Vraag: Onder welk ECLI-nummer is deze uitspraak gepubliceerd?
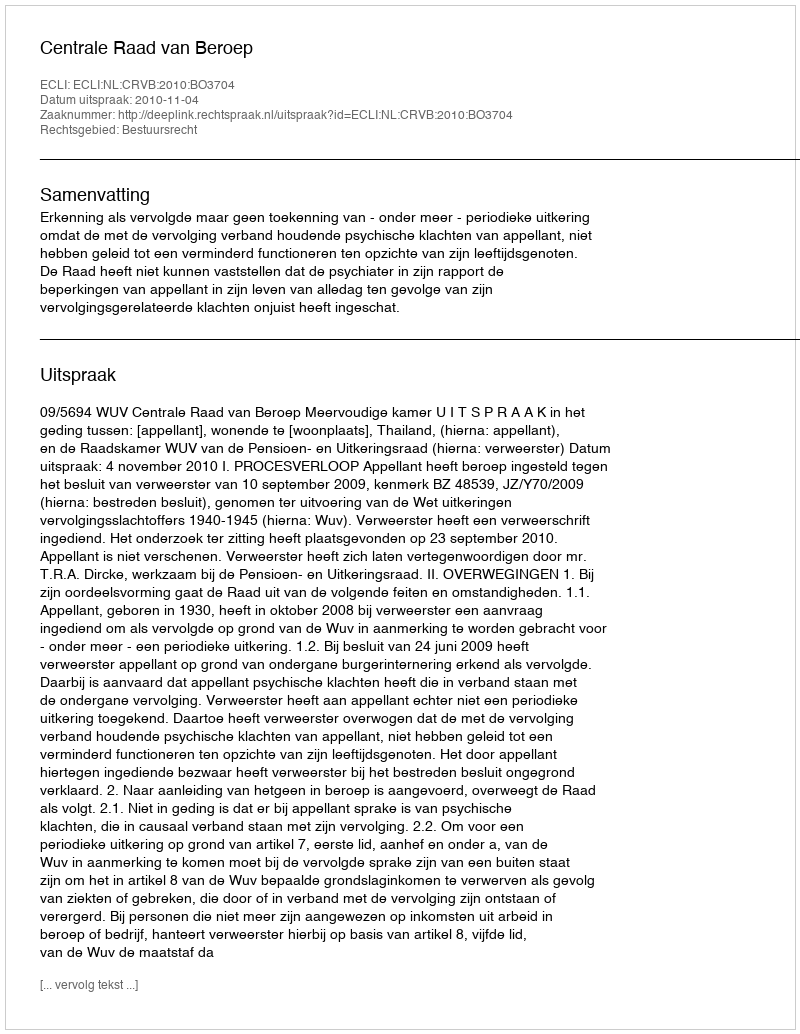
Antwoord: ECLI:NL:CRVB:2010:BO3704